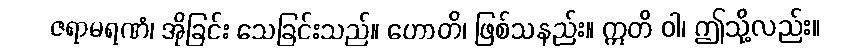
ဇရာမရဏံ၊ အိုခြင်း သေခြင်းသည်။ ဟောတိ၊ ဖြစ်သနည်း။ ဣတိ ဝါ၊ ဤသို့လည်း။